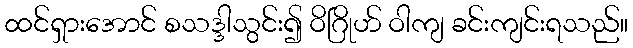
ထင်ရှားအောင် စသဒ္ဒါသွင်း၍ ဝိဂြိုဟ် ဝါကျ ခင်းကျင်းရသည်။